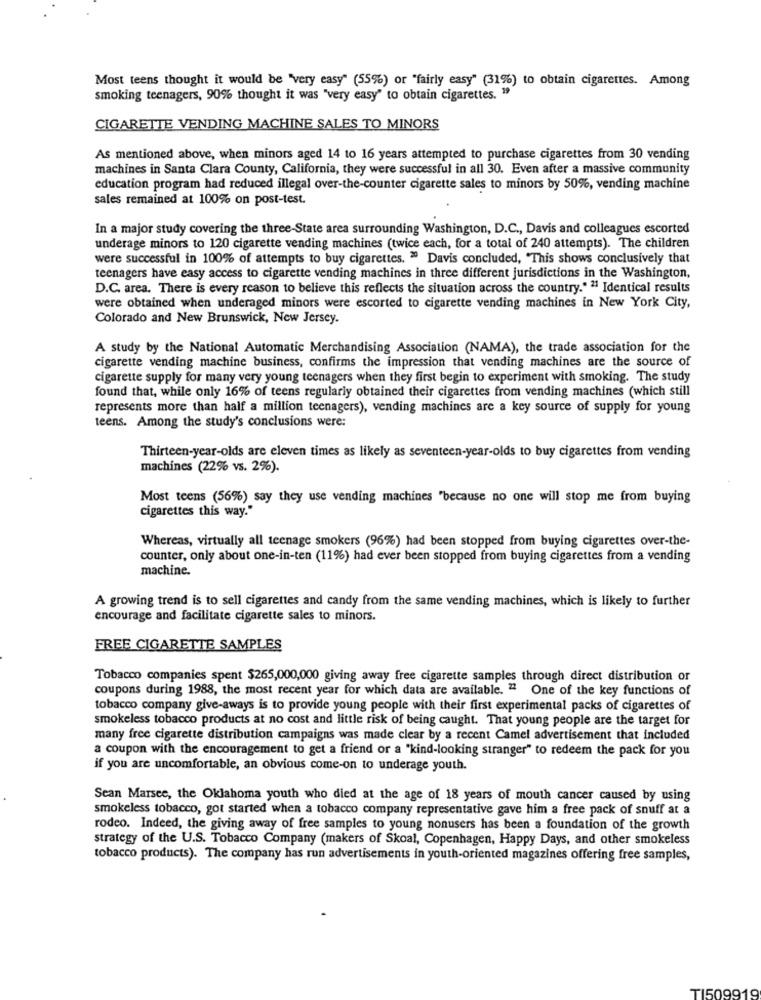
Most teens thought it would be "very easy" (55%) or "fairly easy" (31%) to obtain cigarettes. Among
smoking teenagers, 90% thought it was "very easy" to obtain cigarettes. "
CIGARETTE VENDING MACHINE SALES TO MINORS
As mentioned above, when minors aged 14 to 16 years attempted to purchase cigarettes from 30 vending
machines in Santa Clara County, California, they were successful in all 30. Even after a massive community
education program had reduced illegal over-the-counter cigarette sales to minors by 50%, vending machine
sales remained at 100% on post-test.
In a major study covering the three-State area surrounding Washington, D.C ., Davis and colleagues escorted
underage minors to 120 cigarette vending machines (twice each, for a total of 240 attempts). The children
were successful in 100% of attempts to buy cigarettes. " Davis concluded, "This shows conclusively that
teenagers have easy access to cigarette vending machines in three different jurisdictions in the Washington,
D.C. area. There is every reason to believe this reflects the situation across the country." "1 Identical results
were obtained when underaged minors were escorted to cigarette vending machines in New York City,
Colorado and New Brunswick, New Jersey.
A study by the National Automatic Merchandising Association (NAMA), the trade association for the
cigarette vending machine business, confirms the impression that vending machines are the source of
cigarette supply for many very young teenagers when they first begin to experiment with smoking. The study
found that, while only 16% of teens regularly obtained their cigarettes from vending machines (which still
represents more than half a million teenagers), vending machines are a key source of supply for young
teens. Among the study's conclusions were:
Thirteen-year-olds are eleven times as likely as seventeen-year-olds to buy cigarettes from vending
machines (22% vs. 2%).
Most teens (56%) say they use vending machines "because no one will stop me from buying
cigarettes this way."
Whereas, virtually all teenage smokers (96%) had been stopped from buying cigarettes over-the-
counter, only about one-in-ten (11%) had ever been stopped from buying cigarettes from a vending
machine.
A growing trend is to sell cigarettes and candy from the same vending machines, which is likely to further
encourage and facilitate cigarette sales to minors.
FREE CIGARETTE SAMPLES
Tobacco companies spent $265,000,000 giving away free cigarette samples through direct distribution or
coupons during 1988, the most recent year for which data are available. " One of the key functions of
tobacco company give-aways is to provide young people with their first experimental packs of cigarettes of
smokeless tobacco products at no cost and little risk of being caught. That young people are the target for
many free cigarette distribution campaigns was made clear by a recent Camel advertisement that included
a coupon with the encouragement to get a friend or a "kind-looking stranger" to redeem the pack for you
if you are uncomfortable, an obvious come-on to underage youth.
Sean Marsee, the Oklahoma youth who died at the age of 18 years of mouth cancer caused by using
smokeless tobacco, got started when a tobacco company representative gave him a free pack of snuff at a
rodeo. Indeed, the giving away of free samples to young nonusers has been a foundation of the growth
strategy of the U.S. Tobacco Company (makers of Skoal, Copenhagen, Happy Days, and other smokeless
tobacco products). The company has run advertisements in youth-oriented magazines offering free samples,
TI509919